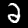
Digit: 2